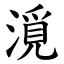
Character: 漞